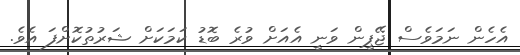
އެހެން ނަމަވެސް ޖޭޕީން ވަނީ އެެއަށް ވުރެ ބޮޑު ކަމަކަށް ޝަރުތުކޮށްފަ އެވެ.